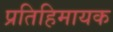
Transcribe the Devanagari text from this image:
प्रतिहिमायक